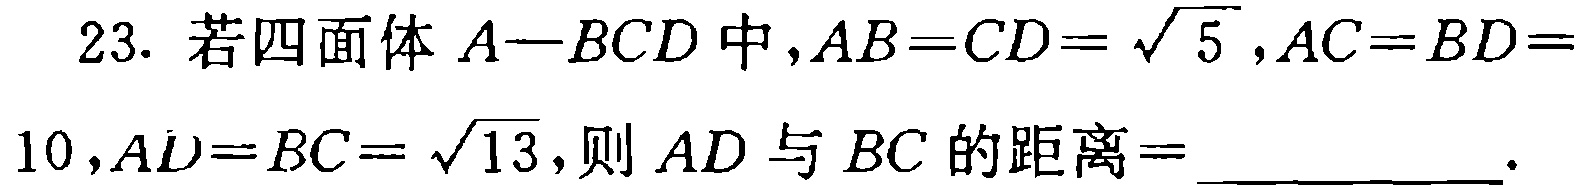
23. 若四面体 \(A - BCD\) 中，\(AB = CD = \sqrt{5}\)，\(AC = BD = 10\)，\(AD = BC = \sqrt{13}\)，则 \(AD\) 与 \(BC\) 的距离 \(=\) __________.